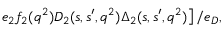
\left. e _ { 2 } f _ { 2 } ( q ^ { 2 } ) D _ { 2 } ( s , s ^ { \prime } , q ^ { 2 } ) { \Delta } _ { 2 } ( s , s ^ { \prime } , q ^ { 2 } ) \right] / e _ { D } ,